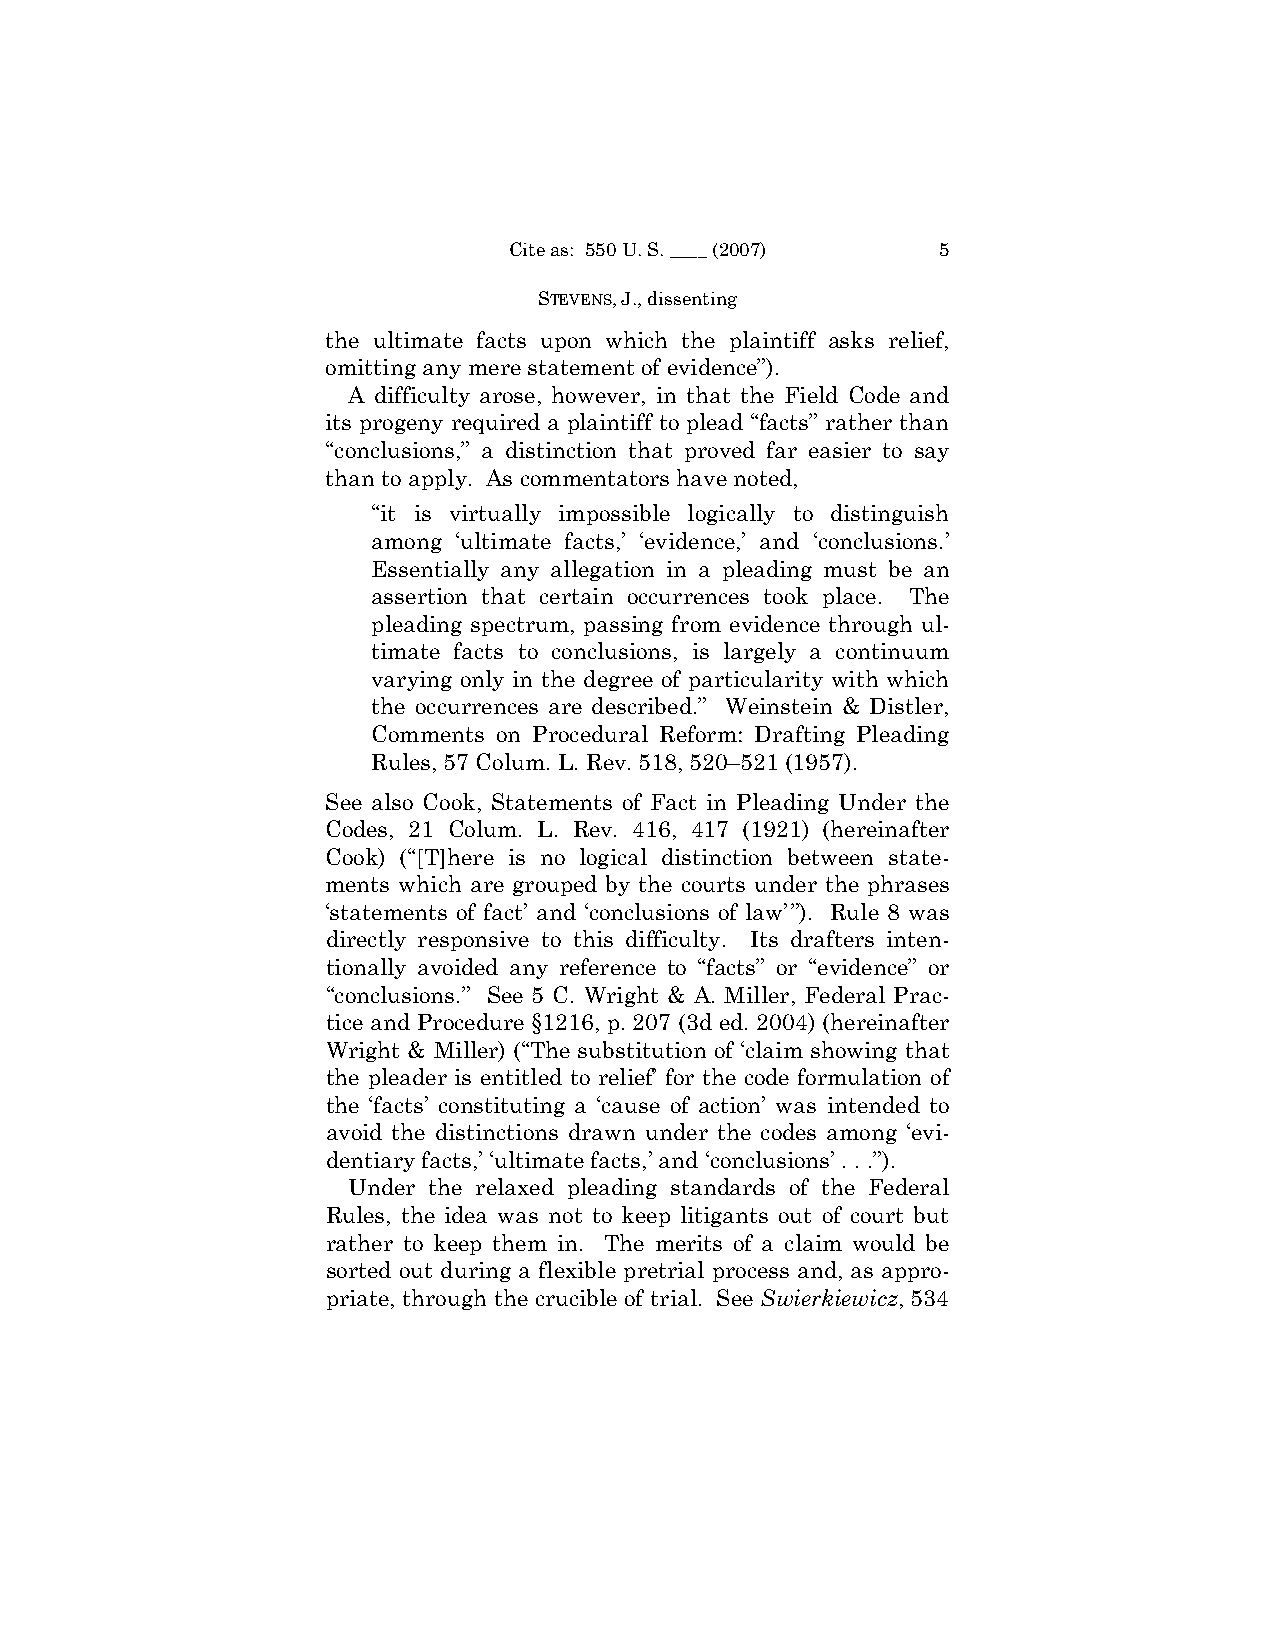
Cite as: 550 U. S. ____ (2007) 5
 STEVENS, J., dissenting
 the ultimate facts upon which the plaintiff asks relief,
 omitting any mere statement of evidence”).
 A difficulty arose, however, in that the Field Code and
 its progeny required a plaintiff to plead “facts” rather than
 “conclusions,” a distinction that proved far easier to say
 than to apply. As commentators have noted,
 “it is virtually impossible logically to distinguish
 among ‘ultimate facts,’ ‘evidence,’ and ‘conclusions.’
 Essentially any allegation in a pleading must be an
 assertion that certain occurrences took place. The
 pleading spectrum, passing from evidence through ul-
 timate facts to conclusions, is largely a continuum
 varying only in the degree of particularity with which
 the occurrences are described.” Weinstein & Distler,
 Comments on Procedural Reform: Drafting Pleading
 Rules, 57 Colum. L. Rev. 518, 520–521 (1957).
 See also Cook, Statements of Fact in Pleading Under the
 Codes, 21 Colum. L. Rev. 416, 417 (1921) (hereinafter
 Cook) (“[T]here is no logical distinction between state-
 ments which are grouped by the courts under the phrases
 ‘statements of fact’ and ‘conclusions of law’”). Rule 8 was
 directly responsive to this difficulty. Its drafters inten-
 tionally avoided any reference to “facts” or “evidence” or
 “conclusions.” See 5 C. Wright & A. Miller, Federal Prac-
 tice and Procedure §1216, p. 207 (3d ed. 2004) (hereinafter
 Wright & Miller) (“The substitution of ‘claim showing that
 the pleader is entitled to relief’ for the code formulation of
 the ‘facts’ constituting a ‘cause of action’ was intended to
 avoid the distinctions drawn under the codes among ‘evi-
 dentiary facts,’ ‘ultimate facts,’ and ‘conclusions’ . . .”).
 Under the relaxed pleading standards of the Federal
 Rules, the idea was not to keep litigants out of court but
 rather to keep them in. The merits of a claim would be
 sorted out during a flexible pretrial process and, as appro-
 priate, through the crucible of trial. See Swierkiewicz, 534